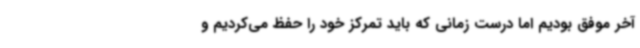
آخر موفق بودیم اما درست زمانی که باید تمرکز خود را حفظ می‌کردیم و